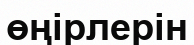
өңірлерін